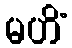
မဟိံ